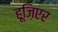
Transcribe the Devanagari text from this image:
हूज़िएर